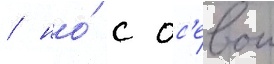
/ но́ с ос'евои